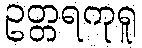
ဥတ္တရကုရူ